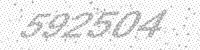
Solution: 592504